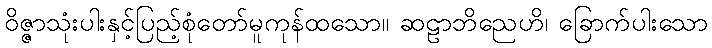
ဝိဇ္ဇာသုံးပါးနှင့်ပြည့်စုံတော်မူကုန်ထသော။ ဆဠာဘိညေဟိ၊ ခြောက်ပါးသော